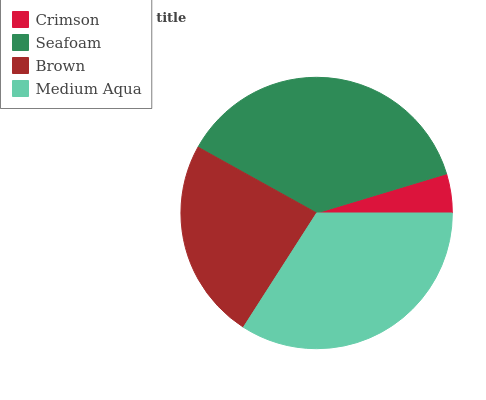
| Crimson | Seafoam | Brown | Medium Aqua |
 | --- | --- | --- | --- |
 | 4.66% | 37.2% | 24% | 34.1% |